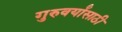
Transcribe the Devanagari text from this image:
गुरुवर्यांसाठी